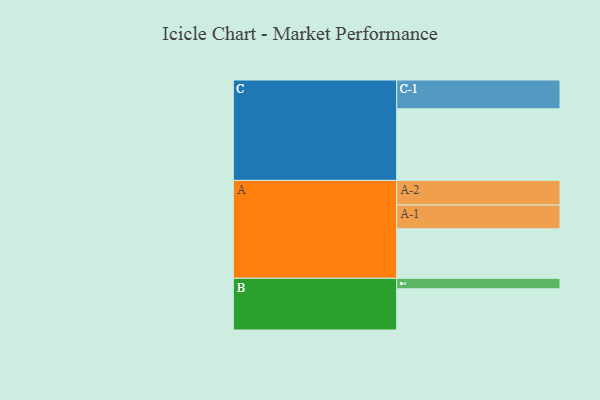
{"axis": {"x": "Segment", "y": "Value"}, "legend": ["", "A", "B", "C"], "data": [{"x": "A", "y": 414, "type": ""}, {"x": "B", "y": 344, "type": ""}, {"x": "C", "y": 598, "type": ""}, {"x": "A-1", "y": 198, "type": "A"}, {"x": "A-2", "y": 206, "type": "A"}, {"x": "B-1", "y": 88, "type": "B"}, {"x": "C-1", "y": 241, "type": "C"}]}